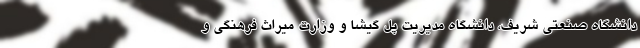
دانشگاه صنعتی شریف، دانشگاه مدیریت پل گیشا و وزارت میراث فرهنگی و